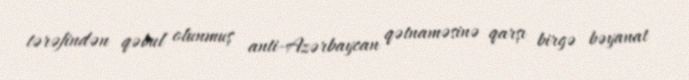
tərəfindən qəbul olunmuş anti-Azərbaycan qətnaməsinə qarşı birgə bəyanat